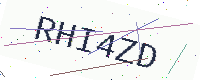
Text: RHI4ZD